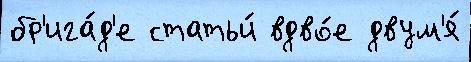
бр'ига́д'е статьи́ вдво́е двум'я́